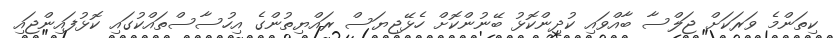
ކިތަންމެ ވަރަކަށް ޖަލްސާ ބާއްވައި ކުދިންކޮޅު ބޭނުންކޮށް ހެޅޭޖިޔަސް ރައްޔިތުންގެ އިހުސާސްތައްކުގައި ކޮޅުފައިންޖައި